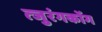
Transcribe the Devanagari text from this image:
त्जुरंगकोंग